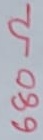
Text: 680Ω